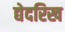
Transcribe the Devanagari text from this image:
द्येदरिख